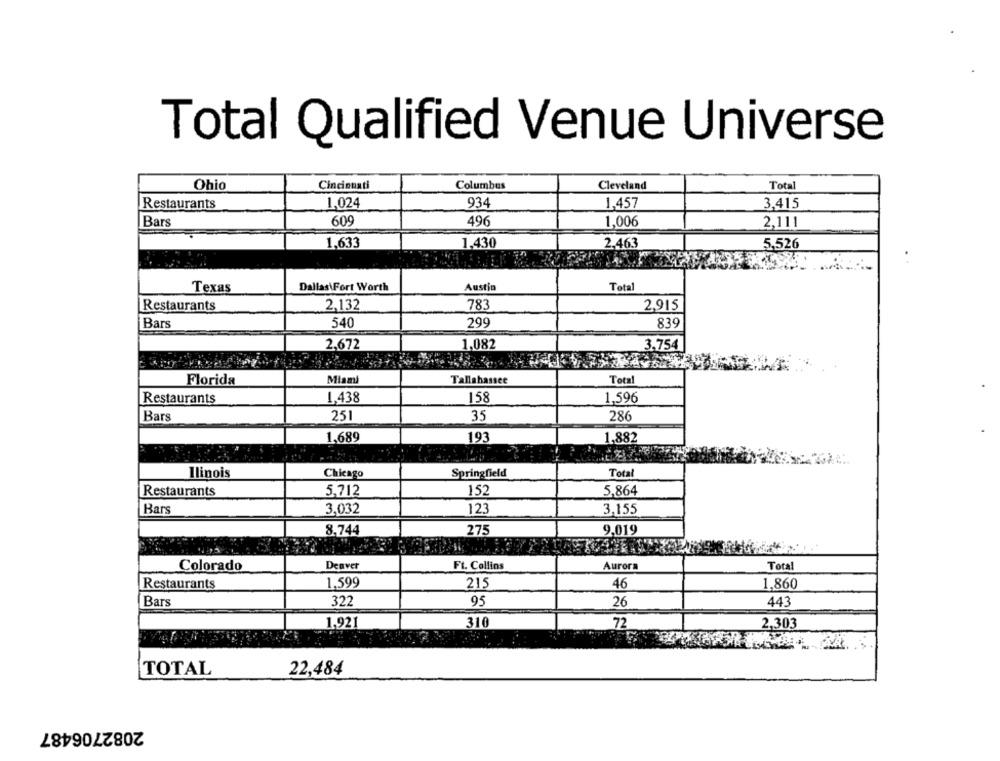
Total Qualified Venue Universe
Ohio
Cincinnati
Columbus
Cleveland
Total
Restaurants
1,024
934
1,457
3,415
Bars
605
496
1,006
2,111
1,633
1,430
2,463
5,526
. .
Texas
Dallas\Fort Worth
Austin
Total
Restaurants
2,132
783
2,915
Bars
540
29
839
2,672
1,082
3,754
Florida
Miami
Tallahassee
Total
Restaurants
1.438
158
1,596
Bars
251
35
286
1,689
193
1,882
Springfield
Total
Ilinois
Chicago
Restaurants
5,712
152
5,864
Bars
3,032
123
3,155
8.744
275
9,019
Colorado
Denver
Ft. Collins
Aurora
Total
Restaurants
1,599
215
46
1,860
Bars
32.
95
443
26
1,921
310
72
2,303
TOTAL
22,484
2082706487